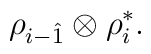
\rho_{i-\hat 1}\otimes\rho_i^\ast.